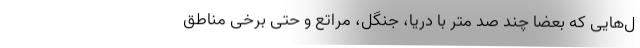
ل‌هایی که بعضاً چند صد متر با دریا، جنگل، مراتع و حتی برخی مناطق